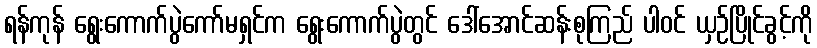
ရန်ကုန် ရွေးကောက်ပွဲကော်မရှင်က ရွေးကောက်ပွဲတွင် ဒေါ်အောင်ဆန်းစုကြည် ပါဝင် ယှဉ်ပြိုင်ခွင့်ကို